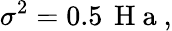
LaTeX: \sigma^{2}=0.5\, \mathrm{~H~a~},